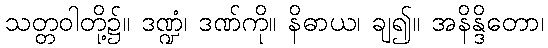
သတ္တဝါတို့၌။ ဒဏ္ဍံ၊ ဒဏ်ကို။ နိဓာယ၊ ချ၍။ အနိန္ဒိတော၊